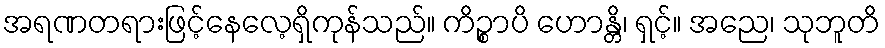
အရဏတရားဖြင့်နေလေ့ရှိကုန်သည်။ ကိဉ္စာပိ ဟောန္တိ၊ ရှင့်။ အညေ၊ သုဘူတိ